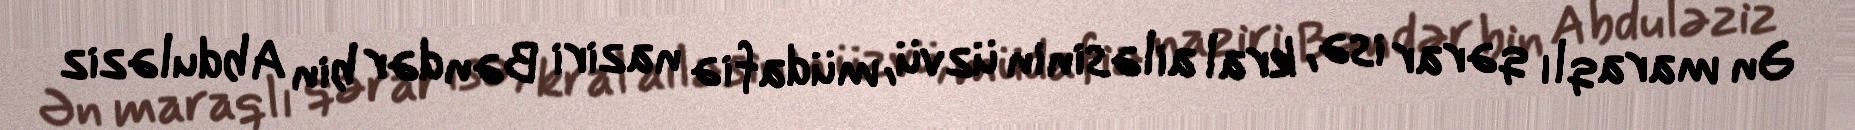
Ən maraqlı qərar isə, kral ailəsinin üzvü, müdafiə naziri Bəndər bin Abduləziz